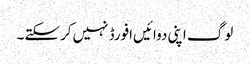
لوگ اپنی دوائیں‌افورڈ نہیں‌کرسکتے۔